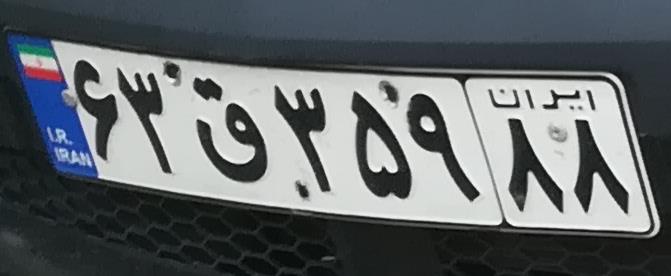
۶۳ق۳۵۹۸۸